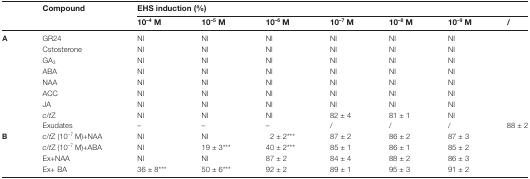
<table><thead><tr><td rowspan="2"></td><td rowspan="2"><b>Compound</b></td><td colspan="7"><b>EHS induction (%)</b></td></tr><tr><td><b>10<sup>–4</sup>M</b></td><td><b>10<sup>–5</sup>M</b></td><td><b>10<sup>–6</sup>M</b></td><td><b>10<sup>–7</sup>M</b></td><td><b>10<sup>–8</sup>M</b></td><td><b>10<sup>–9</sup>M</b></td><td><b>/</b></td></tr></thead><tbody><tr><td><b>A</b></td><td>GR24</td><td>NI</td><td>NI</td><td>NI</td><td>NI</td><td>NI</td><td>NI</td><td></td></tr><tr><td></td><td>Cstosterone</td><td>NI</td><td>NI</td><td>NI</td><td>NI</td><td>NI</td><td>NI</td><td></td></tr><tr><td></td><td>GA<sub>3</sub></td><td>NI</td><td>NI</td><td>NI</td><td>NI</td><td>NI</td><td>NI</td><td></td></tr><tr><td></td><td>ABA</td><td>NI</td><td>NI</td><td>NI</td><td>NI</td><td>NI</td><td>NI</td><td></td></tr><tr><td></td><td>NAA</td><td>NI</td><td>NI</td><td>NI</td><td>NI</td><td>NI</td><td>NI</td><td></td></tr><tr><td></td><td>ACC</td><td>NI</td><td>NI</td><td>NI</td><td>NI</td><td>NI</td><td>NI</td><td></td></tr><tr><td></td><td>JA</td><td>NI</td><td>NI</td><td>NI</td><td>NI</td><td>NI</td><td>NI</td><td></td></tr><tr><td></td><td><i>c</i>/<i>t</i>Z</td><td>NI</td><td>NI</td><td>NI</td><td>82 ± 4</td><td>81 ± 1</td><td>NI</td><td></td></tr><tr><td></td><td>Exudates</td><td>–</td><td>–</td><td>–</td><td>/</td><td>/</td><td>/</td><td>88 ± 2</td></tr><tr><td><b>B</b></td><td><i>c</i>/<i>t</i>Z (10<sup>–7</sup> M)+NAA</td><td>NI</td><td>NI</td><td>2 ± 2***</td><td>87 ± 2</td><td>86 ± 2</td><td>87 ± 3</td><td></td></tr><tr><td></td><td><i>c</i>/<i>t</i>Z (10<sup>–7</sup> M)+ABA</td><td>NI</td><td>19 ± 3***</td><td>40 ± 2***</td><td>85 ± 1</td><td>86 ± 1</td><td>85 ± 2</td><td></td></tr><tr><td></td><td>Ex+NAA</td><td>NI</td><td>NI</td><td>87 ± 2</td><td>84 ± 4</td><td>88 ± 2</td><td>86 ± 3</td><td></td></tr><tr><td></td><td>Ex+ BA</td><td>36 ± 8***</td><td>50 ± 6***</td><td>92 ± 2</td><td>89 ± 1</td><td>95 ± 3</td><td>91 ± 2</td><td></td></tr></tbody></table>